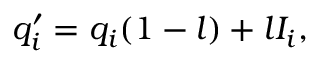
q _ { i } ^ { \prime } = q _ { i } ( 1 - l ) + l I _ { i } ,